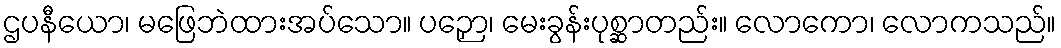
ဌပနီယော၊ မဖြေဘဲထားအပ်သော။ ပဉှော၊ မေးခွန်းပုစ္ဆာတည်း။ လောကော၊ လောကသည်။